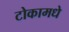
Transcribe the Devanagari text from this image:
टोकामधे